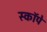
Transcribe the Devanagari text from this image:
स्कॉपे